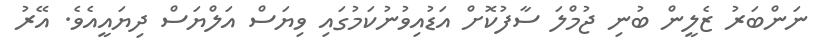
ނަންބަރު ޒެލީން ބުނި ޖުމްލަ ސާފުކޮށް އަޑުއިވުނުކަމުގައި ވިޔަސް އަލްޔަސް ދިޔައީއެވެ. އޭރު